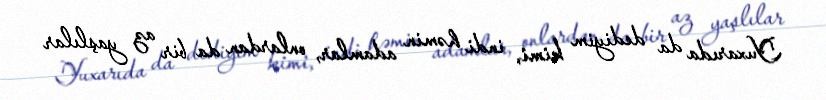
Yuxarıda da dediyim kimi, indi həmin adamlar, onlardan da bir az yaşlılar